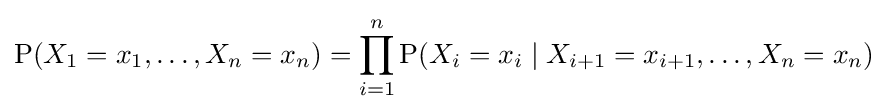
\mathrm {P} (X_{1}=x_{1},\ldots ,X_{n}=x_{n})=\prod _{i=1}^{n}\mathrm {P} (X_{i}=x_{i}\mid X_{i+1}=x_{i+1},\ldots ,X_{n}=x_{n})